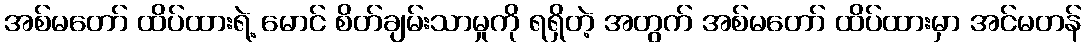
အစ်မတော် ထိပ်ထားရဲ့ မောင် စိတ်ချမ်းသာမှုကို ရရှိတဲ့ အတွက် အစ်မတော် ထိပ်ထားမှာ အင်မတန်